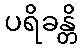
ပရိခန္တိ